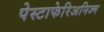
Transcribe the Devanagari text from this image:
पेस्टाफेरिअनिज्म